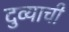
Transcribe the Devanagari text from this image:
दुव्याची